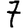
Digit: 7